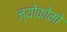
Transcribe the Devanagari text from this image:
ज्योकोमो